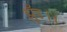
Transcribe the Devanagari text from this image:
झुँड।।